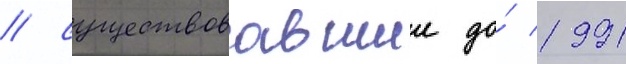
/ существовавшии до́ 1991